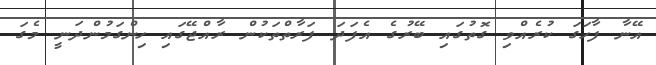
އޭނާ ފާހަގަ ކުރެއްވި ގޮތުގައި ބޭރުގެ އެފަދަ ފަރާތްތަކުން ރާއްޖޭގައި ހިންގަމުންދަނީ މެގަ